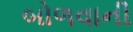
બોળવાની